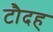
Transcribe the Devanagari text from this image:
टौदह